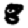
Digit: 8